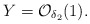
\begin{align*} Y=\mathcal{O}_{\delta_2}(1).\end{align*}